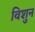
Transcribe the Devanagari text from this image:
विशुन